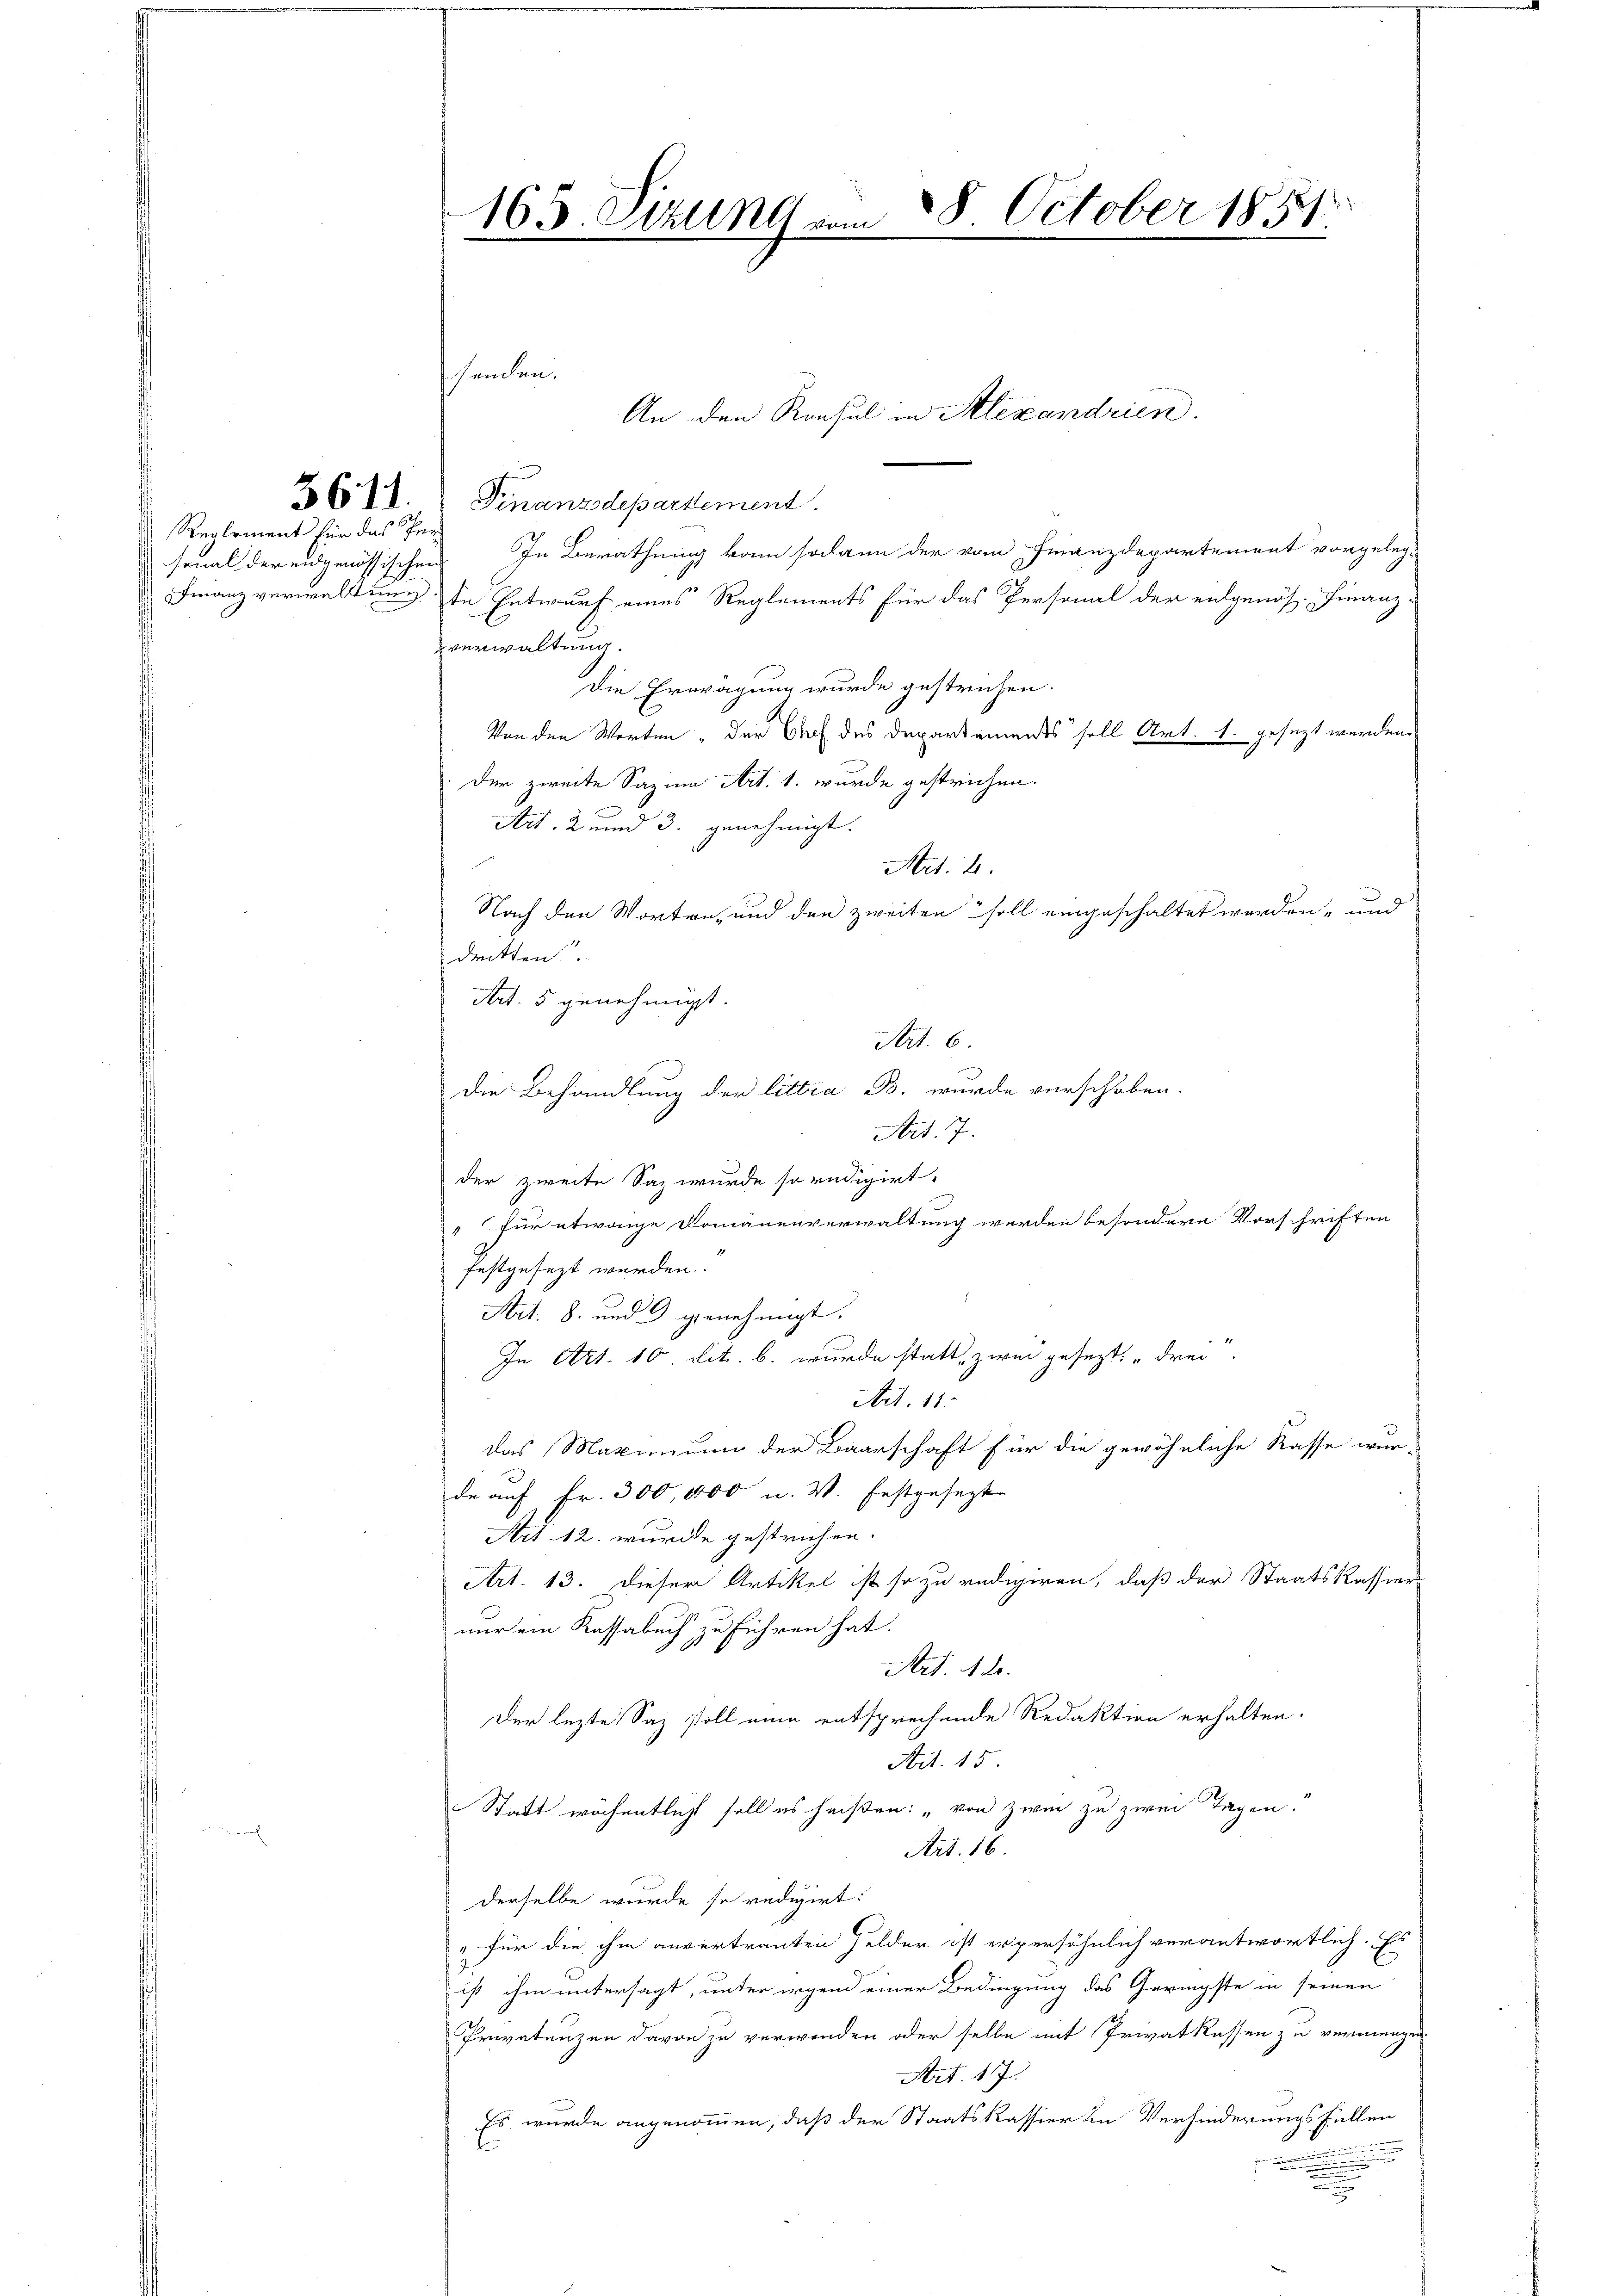
Reglement für das Per
sonal der eidgenössischen

3611.

165. Sizung 28. October 1851
e
2

senden.
Finanzdepartement.
In Berathung kam sodann der vom Finanzdepartement vorgeleg¬
 Finanzverwaltung in Entwurf eines Reglements für das Personal der entgenös-Finanz-
verwaltung.
Die Erwägung wurde gestrichen.
Von den Worten „der Euch des Departemensts soll Art. 1. gesezt werden.
Der zweite Sazia Art. 1. wurde gestrichen.
Art. 2 und 3. genehmigt.
Art. 4.
Nach den Worten, und den zweiten soll eingeschaltet werden, und
dritten
Art. 5 genehmigt.
Art. 6.
die Behandlung der littia B. wurde verschoben.
Art. 7.
der zweite Saz wurde so redigirt.
„für etwaige Domänenverwaltung werden besondere Vorschriften
festgesezt werden.
Ait. 8. und 9 genehmigt.
In Art. 10. lit. b. wurde statt, zwei gesezt: „drei.
Art. 11.
das Maximum der Baarschaft für die gewöhnliche Kasse wur-
de auf Fr. 300,000 u. V. festgesezte
Art. 12. wurde gestrichen.
Art. 13. dieser Artikel ist so zu redigiren, daß der Staatskassier
nur ein Kassabuch zu führen hat.
Art. 12.
Der lezte Saz still eine entsprechende Redaktion erhalten.
Art. 15
Statt wöchentlich soll es heißen: „von zwei zu zwei Tagen.
Art. 16.
derselbe wurde so redigirt:
„für die ihm anvertrauten Felder ist erpersöhnlich verantwortlich. Es
ist ihm untersagt, unter irgen einer Bedingung das Geringste in seinen
Privatenzen davon zu verwenden oder selbe mit Privatkassen zu vermengen.
Art. 17.
Es wurde angenommen, daß der Staatskassier in Verhinderungsfallen
2
.
.
.
g

An den Konsul in Alexandrien.